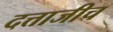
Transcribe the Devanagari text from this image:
दत्ताजीच